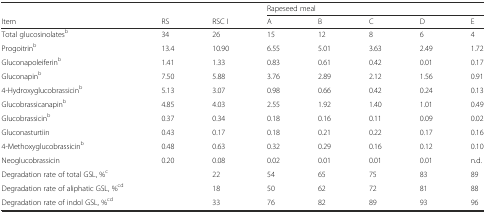
|  |  |  | <COLSPAN=5> Rapeseed meal |
 | Item | RS | RSC I | A | B | C | D | E |
 | --- | --- | --- | --- | --- | --- | --- | --- |
 | Total glucosinolatesb | 34 | 26 | 15 | 12 | 8 | 6 | 4 |
 | Progoitrinb | 13.4 | 10.90 | 6.55 | 5.01 | 3.63 | 2.49 | 1.72 |
 | Gluconapoleiferinb | 1.41 | 1.33 | 0.83 | 0.61 | 0.42 | 0.01 | 0.17 |
 | Gluconapinb | 7.50 | 5.88 | 3.76 | 2.89 | 2.12 | 1.56 | 0.91 |
 | 4-Hydroxyglucobrassicinb | 5.13 | 3.07 | 0.98 | 0.66 | 0.42 | 0.24 | 0.13 |
 | Glucobrassicanapinb | 4.85 | 4.03 | 2.55 | 1.92 | 1.40 | 1.01 | 0.49 |
 | Glucobrassicinb | 0.37 | 0.34 | 0.18 | 0.16 | 0.11 | 0.09 | 0.02 |
 | Gluconasturtiin | 0.43 | 0.17 | 0.18 | 0.21 | 0.22 | 0.17 | 0.16 |
 | 4-Methoxyglucobrassicinb | 0.48 | 0.63 | 0.32 | 0.29 | 0.16 | 0.12 | 0.10 |
 | Neoglucobrassicin | 0.20 | 0.08 | 0.02 | 0.01 | 0.01 | 0.01 | n.d. |
 | Degradation rate of total GSL, %c |  | 22 | 54 | 65 | 75 | 83 | 89 |
 | Degradation rate of aliphatic GSL, %cd |  | 18 | 50 | 62 | 72 | 81 | 88 |
 | Degradation rate of indol GSL, %cd |  | 33 | 76 | 82 | 89 | 93 | 96 |